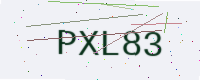
Text: PXL83